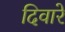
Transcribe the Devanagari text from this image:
दिवारे